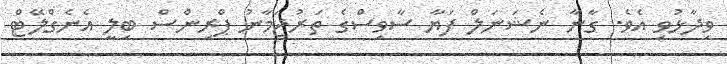
ވިދާޅުވި އެވެ. ގާނާ ނެޝަނަލް ފަޔާ ސާވިސްގެ ތަރުޖަމާނު ޕްރިންސް ބިލީ އެނެގްލޭޓް